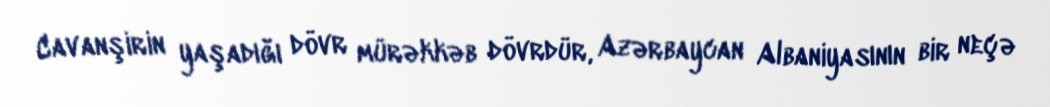
Cavanşirin yaşadığı dövr mürəkkəb dövrdür, Azərbaycan Albaniyasının bir neçə